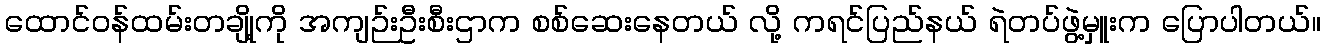
ထောင်ဝန်ထမ်းတချို့ကို အကျဉ်းဦးစီးဌာက စစ်ဆေးနေတယ် လို့ ကရင်ပြည်နယ် ရဲတပ်ဖွဲ့မှူးက ပြောပါတယ်။